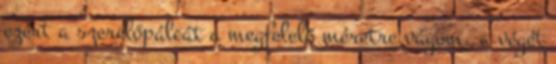
ezért a szerelőpálcát a megfelelő méretre vágom, a végét